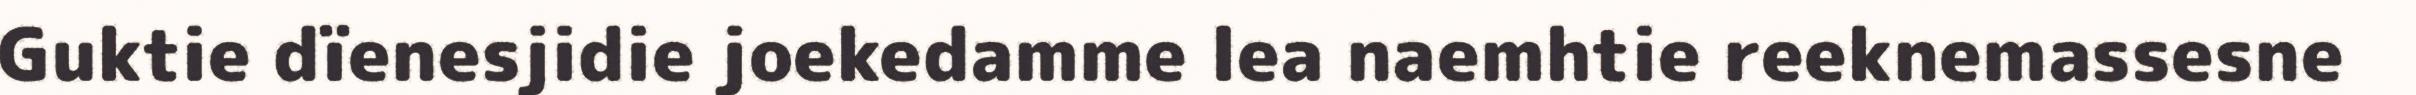
Guktie dïenesjidie joekedamme lea naemhtie reeknemassesne